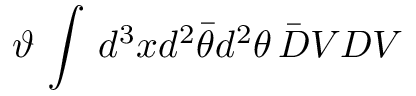
\vartheta \, \int \, d ^ { 3 } x d ^ { 2 } \bar { \theta } d ^ { 2 } \theta \, \bar { D } V D V